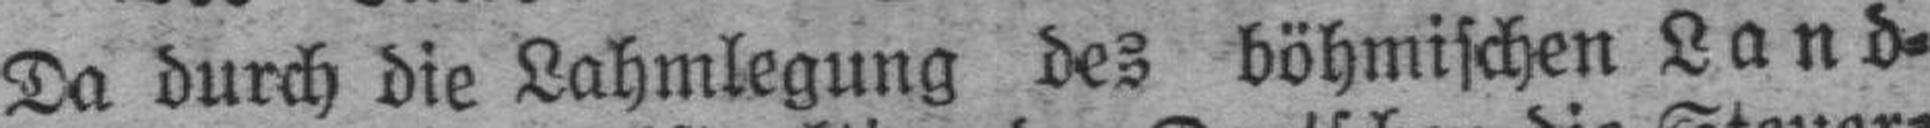
Da durch die Lahmlegung des böhmischen Land¬